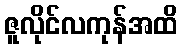
ဇူလိုင်လကုန်အထိ